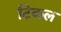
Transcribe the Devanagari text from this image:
टिकल